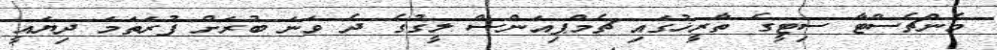
މެންޗެސްޓާ ސިޓީގެ ތާރީޚުގައި ޗެމްޕިއަންސް ލީގުގެ ދެ ވަނަ ބުރަށް ފުރަތަމަ ދިޔައީ